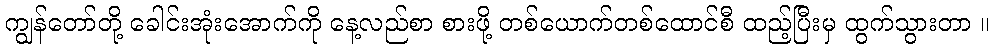
ကျွန်တော်တို့ ခေါင်းအုံးအောက်ကို နေ့လည်စာ စားဖို့ တစ်ယောက်တစ်ထောင်စီ ထည့်ပြီးမှ ထွက်သွားတာ ။